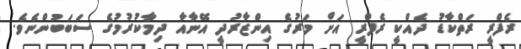
ރެފްރީ ރަތްކާޑު ދެއްކީ ރެފްރީ އަށް މަރުގެ އިންޒާރުދީ އޭނާއާ ދިމާކުރުމުގެ ސަބަބުންނެވެ.